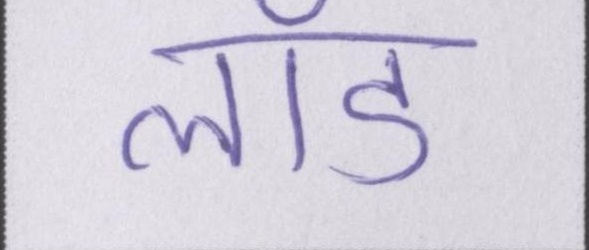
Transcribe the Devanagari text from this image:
लॉड